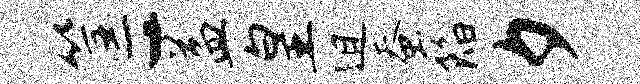
筐-益皇迫蚕陷夕